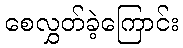
စေလွှတ်ခဲ့ကြောင်း